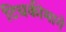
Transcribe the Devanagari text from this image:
टिचकीमागे